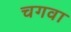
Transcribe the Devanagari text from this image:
चगवा